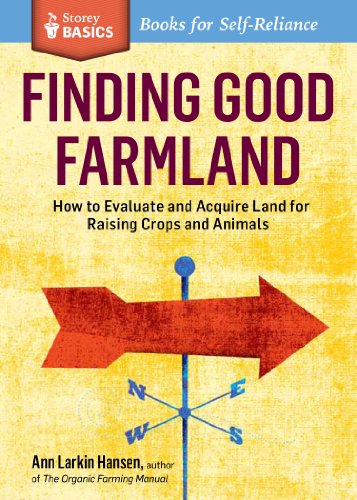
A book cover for Finding Good Farmland: How to Evaluate and Acquire Land for Raising Crops and Animals. A Storey BASICSÂ® Title; Ann Larkin Hansen; Business & Money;